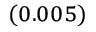
_ { ( 0 . 0 0 5 ) }